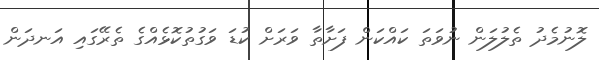
ލޮނުމެދު ތެލުލަން ނުވަތަ ކައްކަން ފަށާތާ ވަރަށް ކުޑަ ވަގުތުކޮޅެއްގެ ތެރޭގައި އަނދަން